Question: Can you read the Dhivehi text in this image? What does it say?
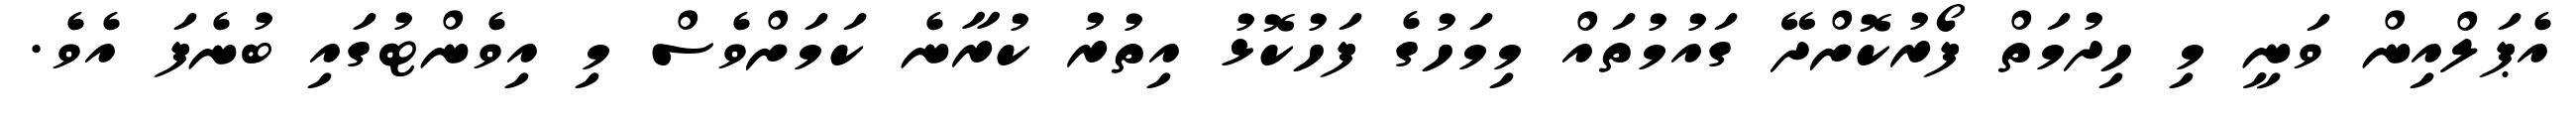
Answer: އެޕަލްއިން ވަނީ މި ހިދުމަތް ފޯރުކޮށްދޭ ގައުމުތައް މިމަހުގެ ފަހުކޮޅު އިތުރު ކުރާނެ ކަމަށްވެސް މި އިވެންޓުގައި ބުނެފަ އެވެ.